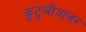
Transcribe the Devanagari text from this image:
कुटूंबीयावर